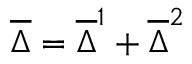
\overline { { { \Delta } } } = \overline { { { \Delta } } } ^ { 1 } + \overline { { { \Delta } } } ^ { 2 }